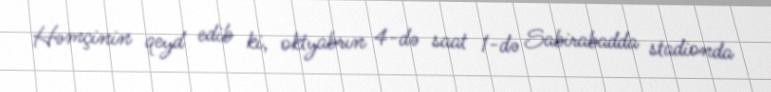
Həmçinin qeyd edib ki, oktyabrın 4-də saat 1-də Sabirabadda stadionda